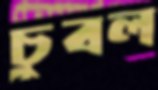
চুবল